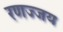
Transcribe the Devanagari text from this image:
रणज्जय